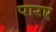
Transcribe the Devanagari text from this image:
पारए